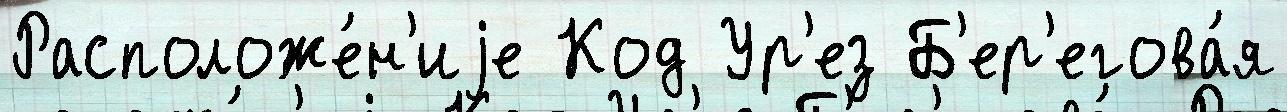
Расположе́н'иjе Код Ур'ез Б'ер'егова́я